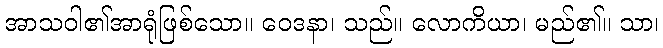
အာသဝါ၏အာရုံဖြစ်သော။ ဝေဒနာ၊ သည်။ လောကိယာ၊ မည်၏။ သာ၊